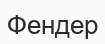
Фендер